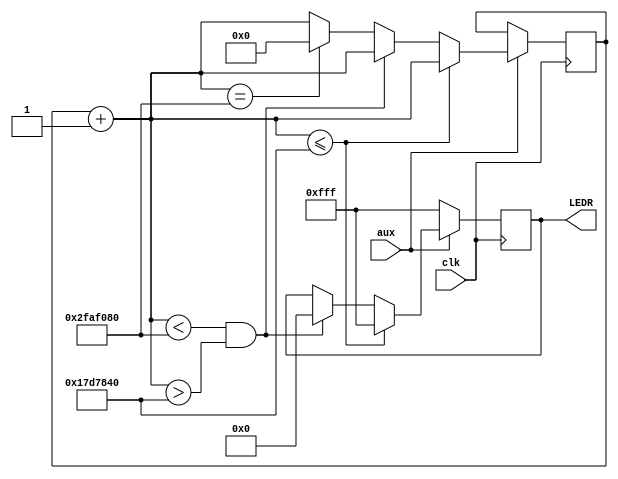
module Led_alarm(

input clk,
input aux,
output reg [11:0] LEDR

);

reg [25:0] contador; /*Un contador de 25 bits (ante la posibilidad de 
                          modificar el cdigo posteriormente.
                          En nuestro caso bastaran 16 bits (50.000) */

always @(posedge clk)
	begin
															  
		if(aux==1)begin

			contador=contador+1;
			 
			if (contador <= 25_000_000)begin

				 LEDR[11:0] <= 12'b111111111111;

			end
			
			else if (contador < 50_000_000 && contador > 25_000_000)begin

				 LEDR[11:0] <= 12'b000000000000;

			end
			else if(contador==50_000_000)begin

			 contador = 0;

			end 
		end
		else begin

			 LEDR[11:0] <= 12'b111111111111;

		end





	end

endmodule